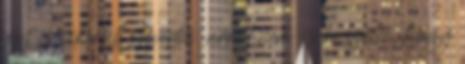
így is sikerült eltévedni, arról nem is beszélve, hogy